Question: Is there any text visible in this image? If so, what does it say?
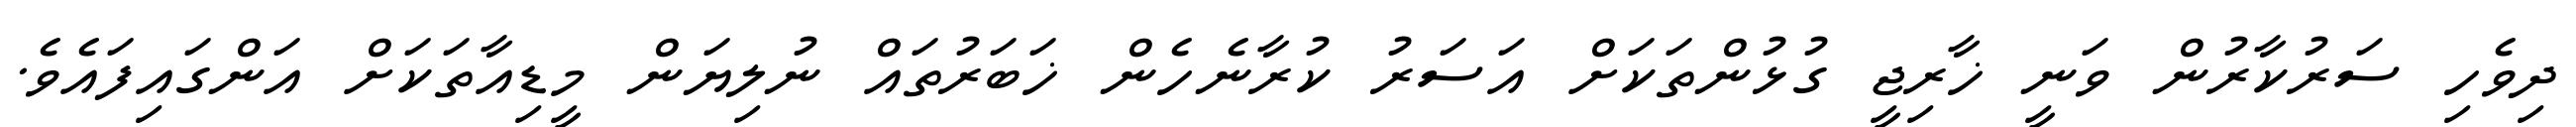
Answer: ދިވެހި ސަރުކާރުން ވަނީ ޚާރިޖީ ގުޅުންތަކަށް އަސަރު ކުރާނެހެން ޚަބަރުތައް ނުލިޔަން މީޑިއާތަކަށް އަންގައިފައެވެ.